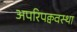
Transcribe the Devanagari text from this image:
अपरिपक्ववस्था